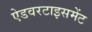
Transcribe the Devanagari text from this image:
ऐडवरटाइसमेंट